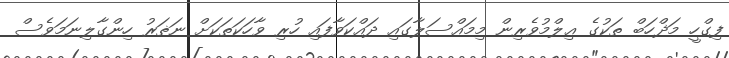
ފިގްހީ މަޛްހަބް ތަކުގެ ޢިލްމުވެރިން މިމައްސަލާގައި ދައްކަވާފައި ހުރި ވާހަކަތަކަށް ނަޡަރު ހިންގާލިނަމަވެސް